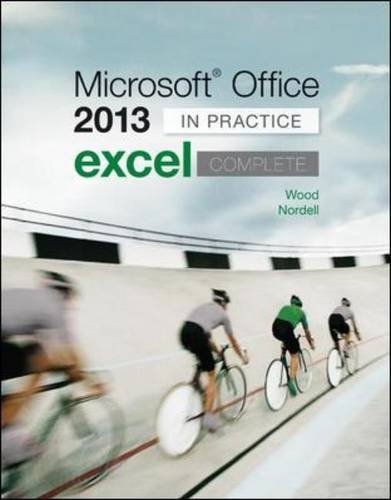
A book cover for Microsoft Office Excel 2013 Complete: In Practice; Randy Nordell; Computers & Technology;